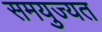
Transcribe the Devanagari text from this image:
समयुज्यत